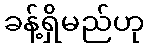
ခန့်ရှိမည်ဟု